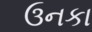
ઉનકા